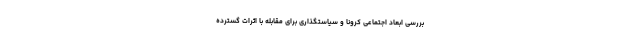
بررسی ابعاد اجتماعی کرونا و سیاستگذاری برای مقابله با اثرات گسترده